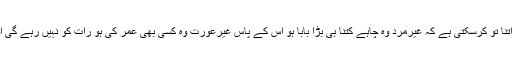
یہ تو اب ناممکن ہے کہ سناتن دھرم میں پردہ لازمی کردیا جائے لیکن حکومت اتنا تو کرسکتی ہے کہ غیرمرد وہ چاہے کتنا ہی بڑا بابا ہو اس کے پاس غیرعورت وہ کسی بھی عمر کی ہو رات کو نہیں رہے گی اور بابا کے پاس صرف اتنی دیر رہے گی جتنی دیر علاج کے لئے ضروری ہو۔